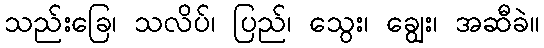
သည်းခြေ၊ သလိပ်၊ ပြည်၊ သွေး၊ ချွေး၊ အဆီခဲ။